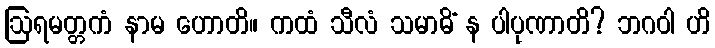
ဩရမတ္တကံ နာမ ဟောတိ။ ကထံ သီလံ သမာဓိံ န ပါပုဏာတိ? ဘဂဝါ ဟိ